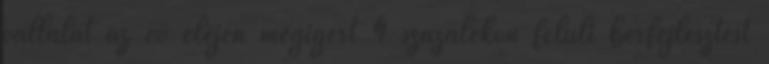
vállalat az év elején megígért 4 százalékon felüli bérfejlesztést